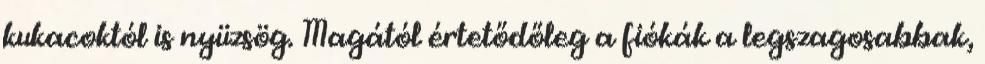
kukacoktól is nyüzsög. Magától értetődőleg a fiókák a legszagosabbak,